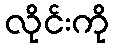
လိုင်းကို